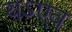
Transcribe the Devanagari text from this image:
यऽएव